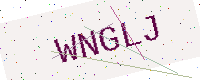
Text: WNGLJ